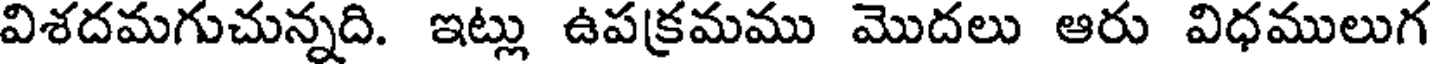
విశదమగుచున్నది. ఇట్లు ఉపక్రమము మొదలు ఆరు విధములుగ